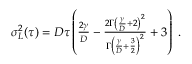
\begin{array} { r } { \sigma _ { L } ^ { 2 } ( \tau ) = D \tau \left( \frac { 2 \gamma } { D } - \frac { 2 \Gamma \left( \frac { \gamma } { D } + 2 \right) ^ { 2 } } { \Gamma \left( \frac { \gamma } { D } + \frac { 3 } { 2 } \right) ^ { 2 } } + 3 \right) \ . } \end{array}